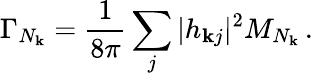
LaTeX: \Gamma_{N_{\mathbf{k}}}=\frac{{1}}{{8\pi}}\sum_{j}|h_{\mathbf{k}j}|^{2}M_{N_{\mathbf{k}}}\, .